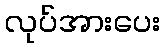
လုပ်အားပေး